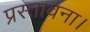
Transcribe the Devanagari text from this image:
प्रस्तावना।